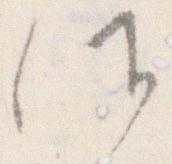
候